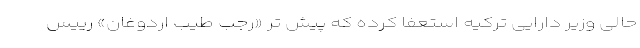
حالی وزیر دارایی ترکیه استعفا کرده که پیش تر «رجب طیب اردوغان» رییس